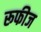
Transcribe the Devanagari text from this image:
रूफीज